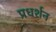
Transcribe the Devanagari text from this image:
प्रधर्शन